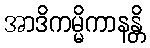
အာဒိကမ္မိကာနန္တိ